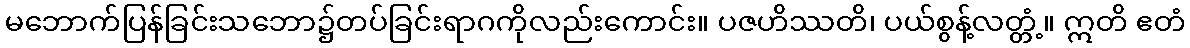
မဘောက်ပြန်ခြင်းသဘော၌တပ်ခြင်းရာဂကိုလည်းကောင်း။ ပဇဟိဿတိ၊ ပယ်စွန့်လတ္တံ့။ ဣတိ ဧတံ